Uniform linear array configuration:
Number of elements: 32
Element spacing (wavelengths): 0.25
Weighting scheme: kaiser
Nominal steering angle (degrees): -60
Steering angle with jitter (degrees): -59.093
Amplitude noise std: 0.05
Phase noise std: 0.05

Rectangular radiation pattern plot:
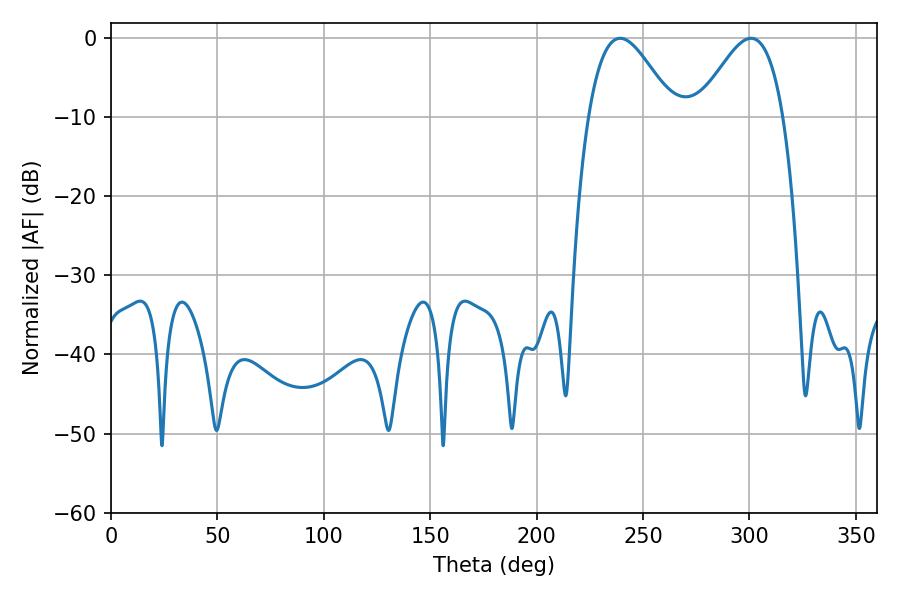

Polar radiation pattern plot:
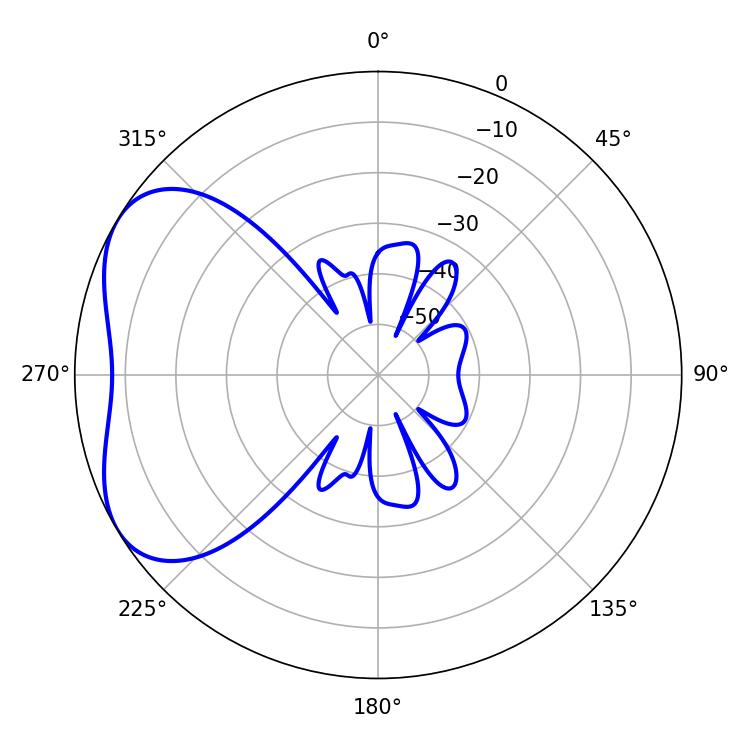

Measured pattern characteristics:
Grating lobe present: FALSE
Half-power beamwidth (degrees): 21.42
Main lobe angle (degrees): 239.22